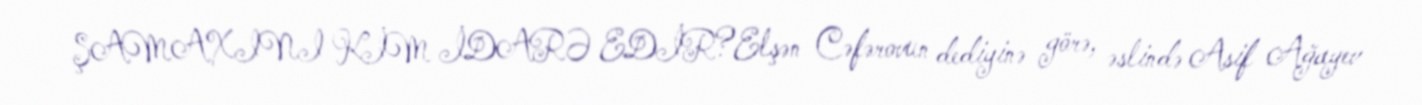
ŞAMAXINI KİM İDARƏ EDİR?Elşən Cəfərovun dediyinə görə, əslində Asif Ağayev